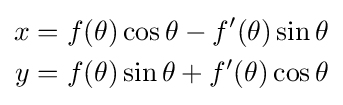
{\begin{aligned}x&=f(\theta )\cos \theta -f'(\theta )\sin \theta \\y&=f(\theta )\sin \theta +f'(\theta )\cos \theta \end{aligned}}